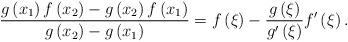
LaTeX: \begin{align*}\frac{{g\left( {x_1 } \right)f\left( {x_2 }\right) - g\left( {x_2 } \right)f\left( {x_1 } \right)}}{{g\left({x_2 } \right) - g\left( {x_1 } \right)}} = f\left( \xi \right) -\frac{{g\left( \xi \right)}}{{g'\left( \xi \right)}}f'\left( \xi\right).\end{align*}